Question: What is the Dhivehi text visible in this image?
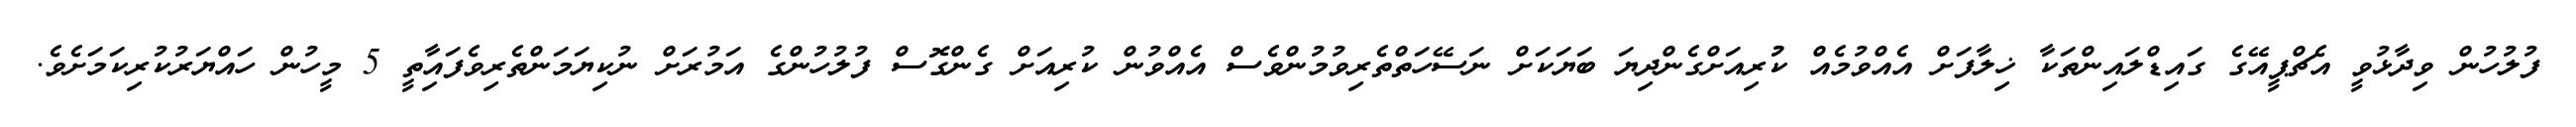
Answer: ފުލުހުން ވިދާޅުވީ އެޗްޕީއޭގެ ގައިޑްލައިންތަކާ ޚިލާފަށް އެއްވުމެއް ކުުރިއަށްގެންދިޔަ ބަޔަކަށް ނަސޭހަތްތެރިވުމުންވެސް އެއްވުން ކުރިއަށް ގެންގޮސް ފުލުހުންގެ އަމުރަށް ނުކިޔަމަންތެރިވެފައިާތީ 5 މީހުން ހައްޔަރުކުރިކަމަށެވެ.